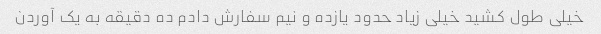
خیلی طول کشید خیلی زیاد حدود یازده و نیم سفارش دادم ده دقیقه به یک آوردن